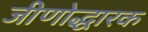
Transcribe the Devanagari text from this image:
जीणोद्धारक